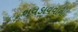
ગવડાવવાનો